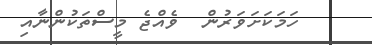
ހަމަކަށަވަރުން  ވެއްޖެ މީސްތަކުންނާއި